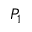
P _ { 1 }